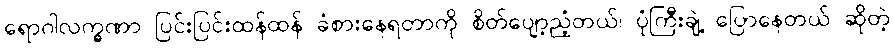
ရောဂါလက္ခဏာ ပြင်းပြင်းထန်ထန် ခံစားနေရတာကို စိတ်ပျော့ညံ့တယ်၊ ပုံကြီးချဲ့ ပြောနေတယ် ဆိုတဲ့